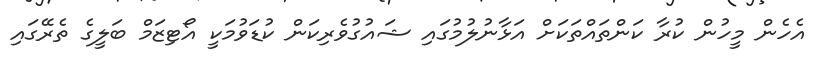
އެހެން މީހުން ކުރާ ކަންތައްތަކަށް އަޅާނުލުމުގައި ޝައުގުވެރިކަން ކުޑަވުމަކީ އޯޓިޒަމް ބަލީގެ ތެރޭގައި